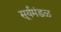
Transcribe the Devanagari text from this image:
सूर्यमंडळ